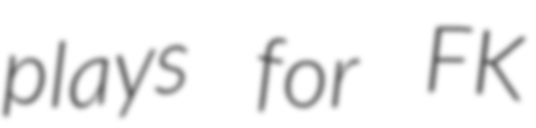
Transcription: plays for FK